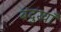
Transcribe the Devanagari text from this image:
बंदुखाँ